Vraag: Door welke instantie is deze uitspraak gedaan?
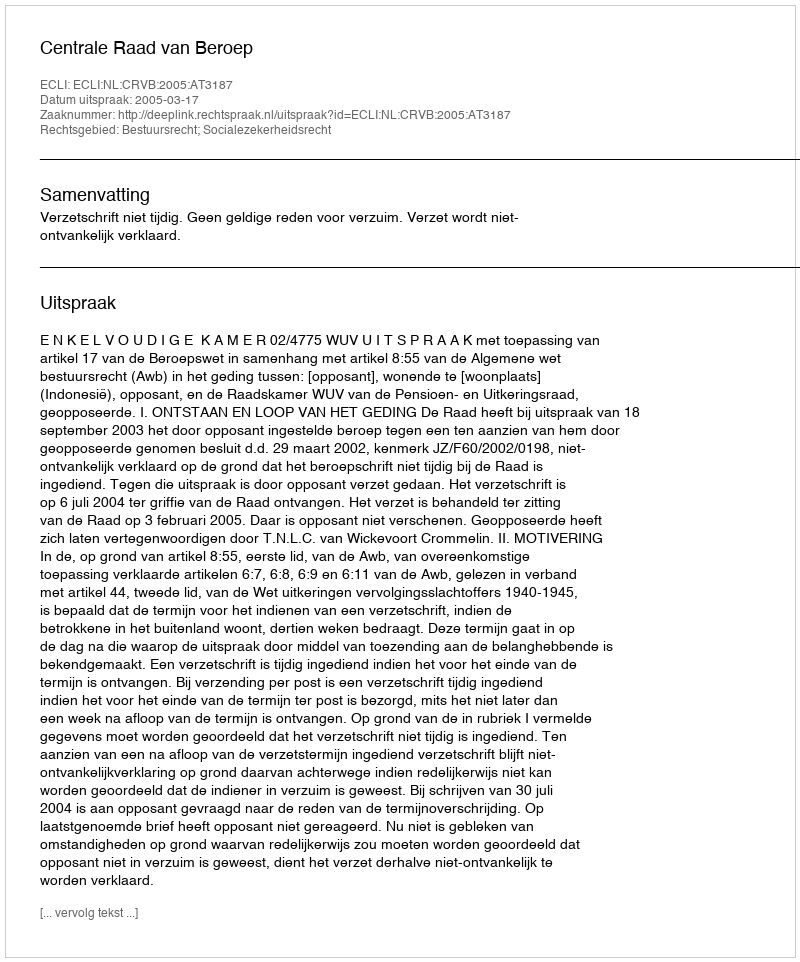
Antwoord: Centrale Raad van Beroep